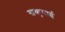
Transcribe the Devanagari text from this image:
सकुचाई